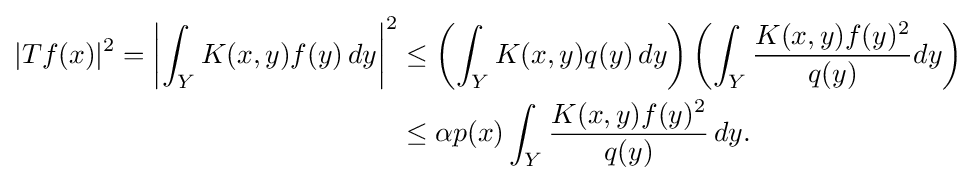
{\begin{aligned}|Tf(x)|^{2}=\left|\int _{Y}K(x,y)f(y)\,dy\right|^{2}&\leq \left(\int _{Y}K(x,y)q(y)\,dy\right)\left(\int _{Y}{\frac {K(x,y)f(y)^{2}}{q(y)}}dy\right)\\&\leq \alpha p(x)\int _{Y}{\frac {K(x,y)f(y)^{2}}{q(y)}}\,dy.\end{aligned}}